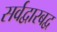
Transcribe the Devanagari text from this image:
सर्वद्वारबद्व